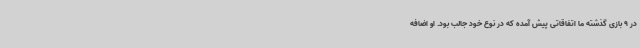
در 9 بازی گذشته ما اتفاقاتی پیش آمده که در نوع خود جالب بود. او اضافه